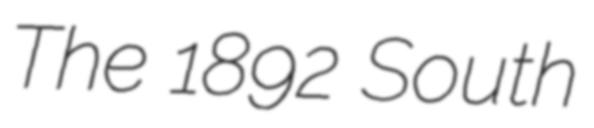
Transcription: The 1892 South